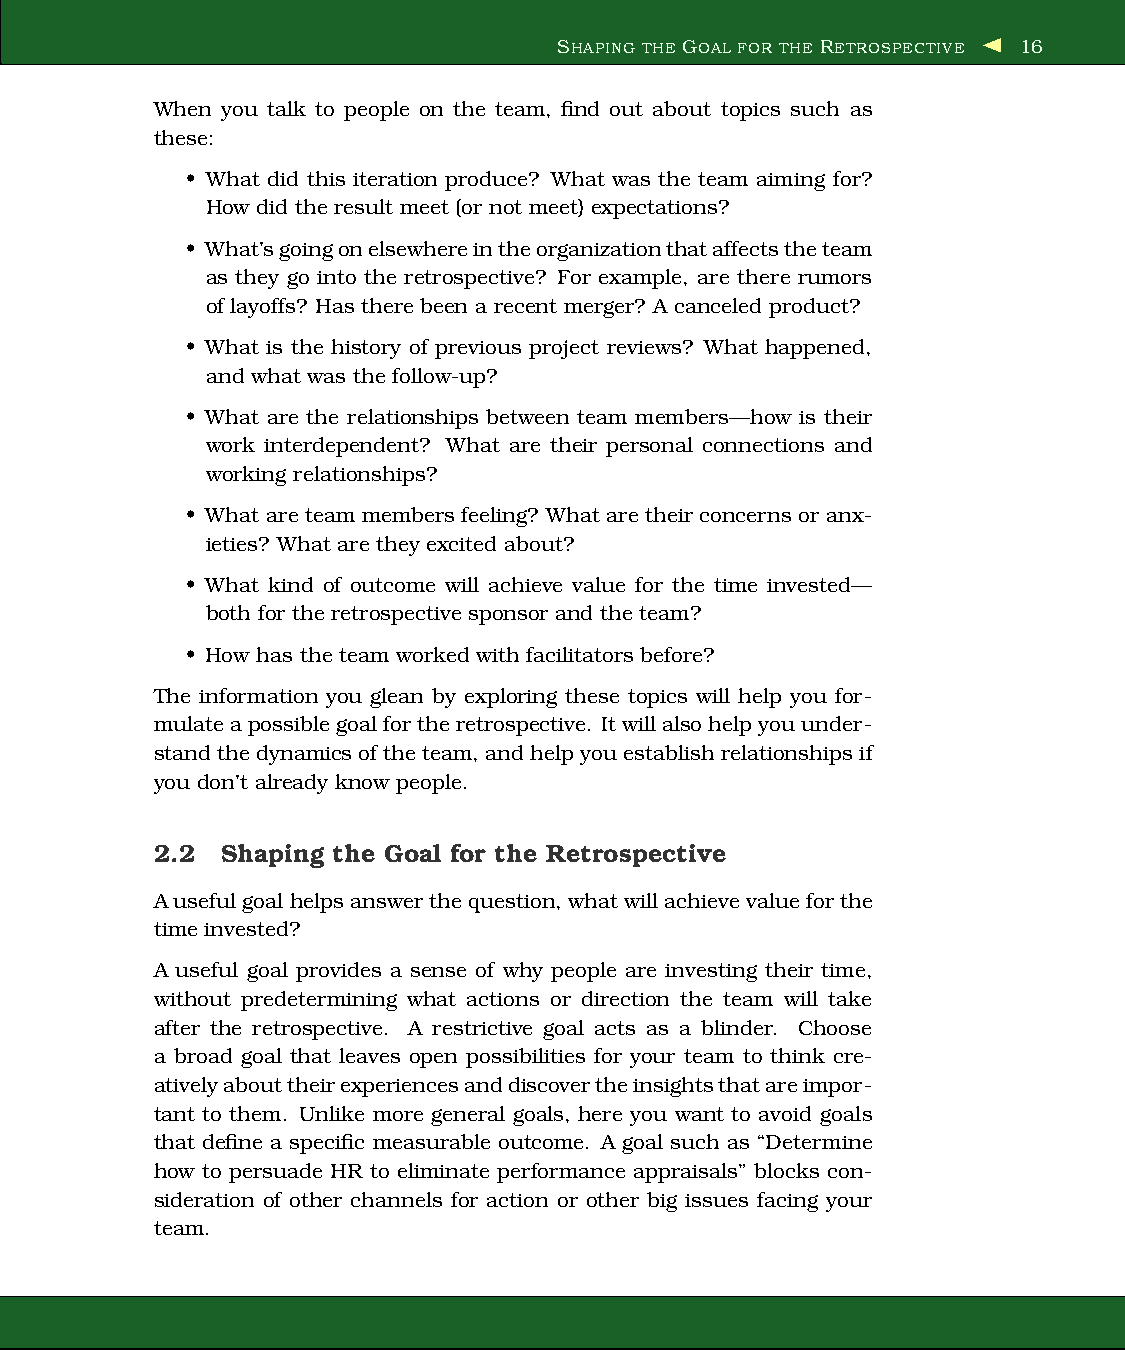
SHAPING THE GOAL FOR THE RETROSPECTIVE 16
 When you talk to people on the team, find out about topics such as
 these:
 • What did this iteration produce? What was the team aiming for?
 How did the result meet (or not meet) expectations?
 • What’sgoingonelsewhereintheorganizationthataffectstheteam
 as they go into the retrospective? For example, are there rumors
 of layoffs? Has therebeen a recent merger? A canceled product?
 • What is the history of previous project reviews? What happened,
 and what was the follow-up?
 • What are the relationships between team members—how is their
 work interdependent? What are their personal connections and
 working relationships?
 • What are team members feeling? What are their concerns or anx-
 ieties? What are they excited about?
 • What kind of outcome will achieve value for the time invested—
 both for the retrospective sponsor and the team?
 • How has the team worked with facilitatorsbefore?
 The information you glean by exploring these topics will help you for-
 mulateapossible goal fortheretrospective. Itwillalsohelpyouunder-
 standthedynamicsof theteam, andhelp youestablish relationshipsif
 you don’t already know people.
 2.2  Shaping the Goal for the Retrospective
 Auseful goal helpsanswerthequestion, whatwillachievevalue forthe
 time invested?
 A useful goal provides a sense of why people are investing their time,
 without predetermining what actions or direction the team will take
 after the retrospective. A restrictive goal acts as a blinder. Choose
 a broad goal that leaves open possibilities for your team to think cre-
 ativelyabouttheirexperiencesanddiscovertheinsightsthatareimpor-
 tant to them. Unlike more general goals, here you want to avoid goals
 that define a specific measurable outcome. A goal such as “Determine
 how to persuade HR to eliminate performance appraisals” blocks con-
 sideration of other channels for action or other big issues facing your
 team.